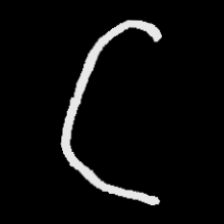
Pyu character \u2014 Myanmar letter: ဋ (romanized: tta)